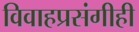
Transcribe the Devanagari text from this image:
विवाहप्रसंगीही